Medical and sanitary report of the native army of Bengal for the year
Year: 1878
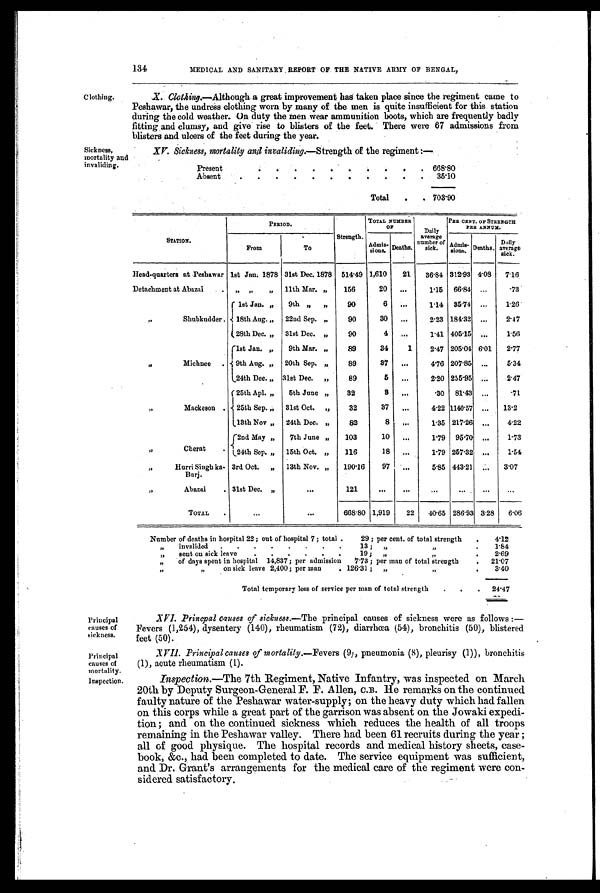
Principal
causes of
sickness.
Principal
causes of
mortality.
Inspection.
134
MEDICAL AND SANITARY REPORT OF. THE NATIVE ARMY OF BENGAL,
Clothing.
Sickness,
mortality and
invaliding.
X. Clothing.—Although a great improvement has taken place since the regiment came to
Peshawar, the undress clothing worn by many of the men is quite insufficient for this station
during the cold weather. On duty the men wear ammunition boots, which are frequently badly
fitting and clumsy, and give rise to blisters of the feet. There were 67 admissions from
blisters and ulcers of the feet during the year.
XV. Sickness, mortality and invaliding. —Strength of the regiment :—
Present
.
.
.
.
. .
.
. .
.
668.80
Absent
.
.
.
.
. .
.
.
.
.
35.10
Total
.
. 703.90
STATION.
PERIOD.
Strength.
TOTAL NUMBER
OF
Daily
average
number of
sick.
PER CENT. OF STRENGTH
PER ANNUM
From
To
Ad mi s -
s i ons .
Deaths.
Admis
s i o n s .
Deaths.
Daily
average
sick.
Head-quarters at Peshawar 1st Jun, 1878 31st Dec. 1878 514.49 1,610
21
36.84 312.93 4.08
7.16
Detachment at Abazai
. „ „
„ 11th Mar. ,,
156
20
. . .
1.15 66.84 ...
.73
„
Shubkudder .
1st Jan. „
9th ,,
„
90
6 ...
1.14 35.74 ...
1 . 2 6 .
18th Aug. „ 22nd Sep. „
90
30
...
2.23 184.32 ...
2.47
28th Dec. „ 31st Dec. ,,
90
4
...
1.41 405.15 ...
1.56
,,,
Michnee
.
1st Jan. „
9th Mar. „
89
34
1
2.47 205.04 6.01
2.77
9th Aug. ,, 20th Sep.
89
37
...
4.76 207.85 ...
5.34
24th Dec. „ 31st Dec. ,,
89
5
...
2.20 255.95
. . .
2.47
,,
Mackeson .
25th Apl. ,,
5th June „
32
8 ...
.30 81.43
. . .
.71
25th Sep. „ 31st Oct. ,,
32
37
. . .
4.22 1140.57 ...
13.2
13th Nov ,, 24th Dec.
, ,
82
8
...
.1.35 217.26 ...
4.22
,,
Cherat
.
2 n d M a y , ,
7th June ,,
103
10
...
1.79 95.70 . . .
1.73
24th Sep. „ 15th Oct. „
116
18
...
1.79 257.32 ...
1.54
,,
Hurri Singh ka-
Burj.
3rd Oct. „ 13th Nov. „
190.16
97
...
5.85 443.21 . . .
3.07
,,
Abazai
. 31st Dec. „
...
121
. . .
...
. . .
...
. . .
. . .
TOTAL
.
. . .
. . .
668.80 1,919
22
40.65 286.93 3.28
6.06
Number of deaths in hospital 22; out of hospital 7; total .
29 ; per cent. of total strength
.
4.12
,,
invalided
.
.
.
.
.
.
.
.
13 ;
,,
, ,.
1.84
,,
sent on sick leave
.
. . . .
19 ;
„
,,
.
2. 69
,,
of days spent in hospital 14,837 ; per admission
713 ; per man of total strength
.
21.07
,,
, ,
on sick leave 2,400; per man
. 126.31 ;
,,
, ,
.
3.40
Total temporary loss of service per man of total strength
.
.
.
24.47
XVI. Princpal causes of sickness. —The principal causes of sickness were as follows :—
Fevers (1,254), dysentery (140), rheumatism (72), diarrhœa (54), bronchitis (50), blistered
feet (50).
XVII. Principal causes of mortality.—Fevers (9), pneumonia (8), pleurisy (1)), bronchitis
(1), acute rheumatism (1).
Inspection.—The 7th Regiment, Native Infantry, was inspected on March
20th by Deputy Surgeon-General F. F. Allen, C.B. He remarks on the continued
faulty nature of the Peshawar water-supply; on the heavy duty which had fallen
on this corps while a great part of the garrison was absent on the Jowaki expedi-
tion; and on the continued sickness which reduces the health of all troops
remaining in the Peshawar valley. There had been 61 recruits during the year ;
all of good physique. The hospital records and medical history sheets, case-
book, &c., had been completed to date. The service equipment was sufficient,
and Dr. Grant's arrangements for the medical care of the regiment were con-
sidered satisfactory.